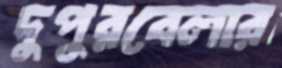
দুপুরবেলার